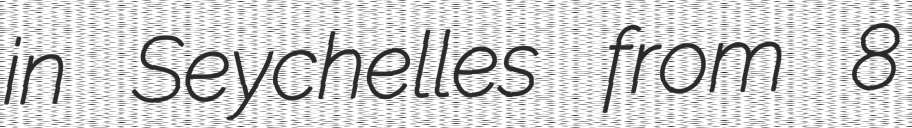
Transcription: in Seychelles from 8